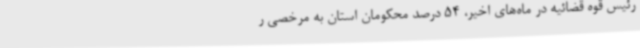
رئیس قوه قضائیه در ماه‌های اخیر، 54 درصد محکومان استان به مرخصی ر